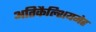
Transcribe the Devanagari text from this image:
अतिकैल्शियमेह